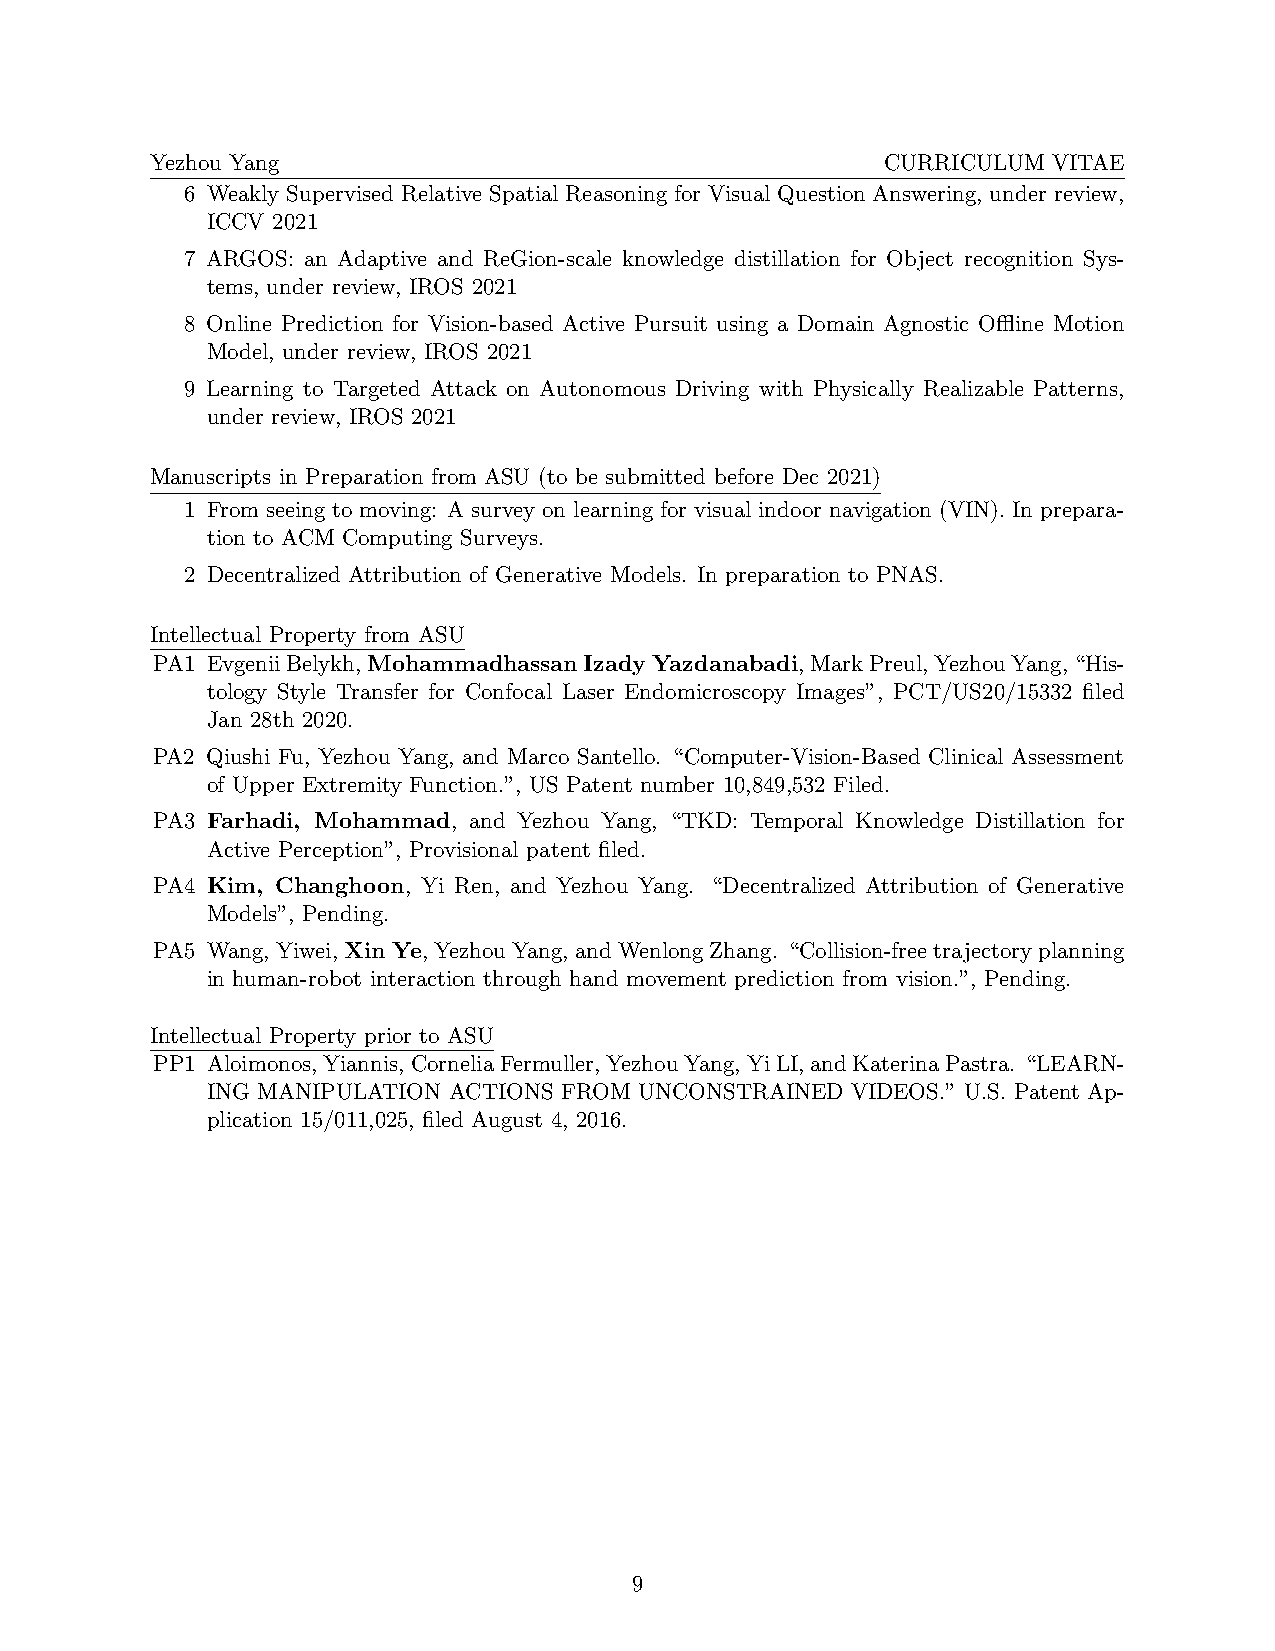
Yezhou Yang                                      CURRICULUM VITAE
 6 Weakly Supervised Relative Spatial Reasoning for Visual Question Answering, under review,
 ICCV 2021
 7 ARGOS: an Adaptive and ReGion-scale knowledge distillation for Object recognition Sys-
 tems, under review, IROS 2021
 8 Online Prediction for Vision-based Active Pursuit using a Domain Agnostic Offline Motion
 Model, under review, IROS 2021
 9 Learning to Targeted Attack on Autonomous Driving with Physically Realizable Patterns,
 under review, IROS 2021
 Manuscripts in Preparation from ASU (to be submitted before Dec 2021)
 1 From seeing to moving: A survey on learning for visual indoor navigation (VIN). In prepara-
 tion to ACM Computing Surveys.
 2 Decentralized Attribution of Generative Models. In preparation to PNAS.
 Intellectual Property from ASU
 PA1 EvgeniiBelykh,MohammadhassanIzadyYazdanabadi,MarkPreul,YezhouYang,“His-
 tology Style Transfer for Confocal Laser Endomicroscopy Images”, PCT/US20/15332 filed
 Jan 28th 2020.
 PA2 Qiushi Fu, Yezhou Yang, and Marco Santello. “Computer-Vision-Based Clinical Assessment
 of Upper Extremity Function.”, US Patent number 10,849,532 Filed.
 PA3 Farhadi, Mohammad, and Yezhou Yang, “TKD: Temporal Knowledge Distillation for
 Active Perception”, Provisional patent filed.
 PA4 Kim, Changhoon, Yi Ren, and Yezhou Yang. “Decentralized Attribution of Generative
 Models”, Pending.
 PA5 Wang, Yiwei,Xin Ye, YezhouYang, andWenlongZhang. “Collision-freetrajectoryplanning
 in human-robot interaction through hand movement prediction from vision.”, Pending.
 Intellectual Property prior to ASU
 PP1 Aloimonos,Yiannis,CorneliaFermuller,YezhouYang,YiLI,andKaterinaPastra. “LEARN-
 ING MANIPULATION ACTIONS FROM UNCONSTRAINED VIDEOS.” U.S. Patent Ap-
 plication 15/011,025, filed August 4, 2016.
 9